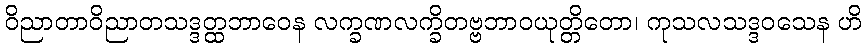
ဝိညာတာဝိညာတသဒ္ဒတ္ထဘာဝေန လက္ခဏလက္ခိတဗ္ဗဘာဝယုတ္တိတော၊ ကုသလသဒ္ဒဝသေန ဟိ